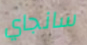
سانجاي